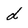
Character: d